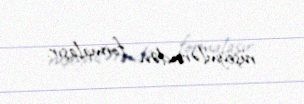
rüşeymlərindən formalaşır.